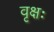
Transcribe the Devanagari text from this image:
वृक्षः